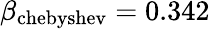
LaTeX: \beta_{\mathrm{chebyshev}}=0.342